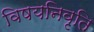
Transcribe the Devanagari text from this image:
विषयनिवृति